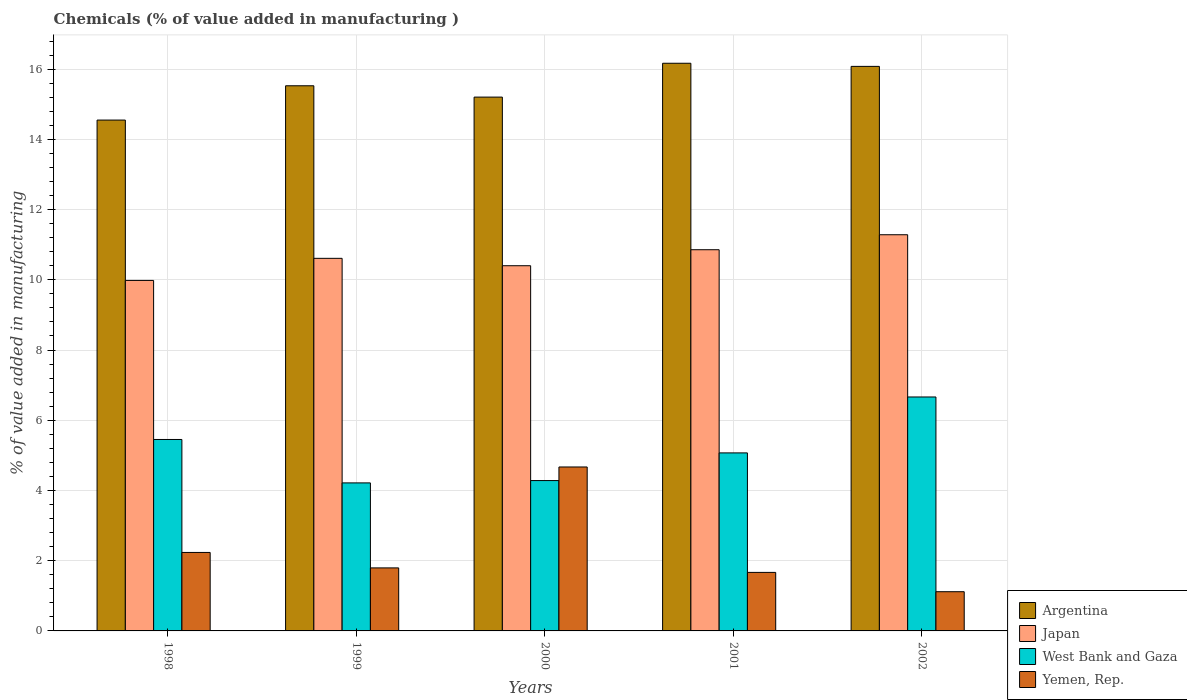
| Years | Argentina | Japan | West Bank and Gaza | Yemen, Rep. |
 | --- | --- | --- | --- | --- |
 | 1998 | 14.5 | 9.98 | 5.45 | 2.23 |
 | 1999 | 15.5 | 10.6 | 4.22 | 1.79 |
 | 2000 | 15.2 | 10.4 | 4.28 | 4.67 |
 | 2001 | 16.2 | 10.9 | 5.07 | 1.67 |
 | 2002 | 16.1 | 11.3 | 6.66 | 1.12 |